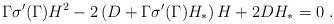
LaTeX: \begin{align*}\Gamma \sigma'(\Gamma) H^2 - 2 \left( D + \Gamma \sigma'(\Gamma) H_* \right) H + 2 D H_* = 0\ . \end{align*}